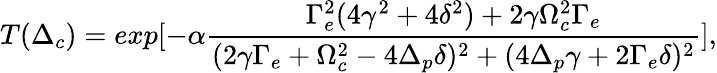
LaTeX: T(\Delta_{c})=exp[-\alpha\frac{\Gamma_{e}^{2}(4\gamma^{2}+4\delta^{2})+2\gamma\Omega_{c}^{2}\Gamma_{e}}{(2\gamma\Gamma_{e}+\Omega_{c}^{2}-4\Delta_{p}\delta)^{2}+(4\Delta_{p}\gamma+2\Gamma_{e}\delta)^{2}}],